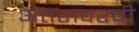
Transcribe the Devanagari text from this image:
अंतरावरची